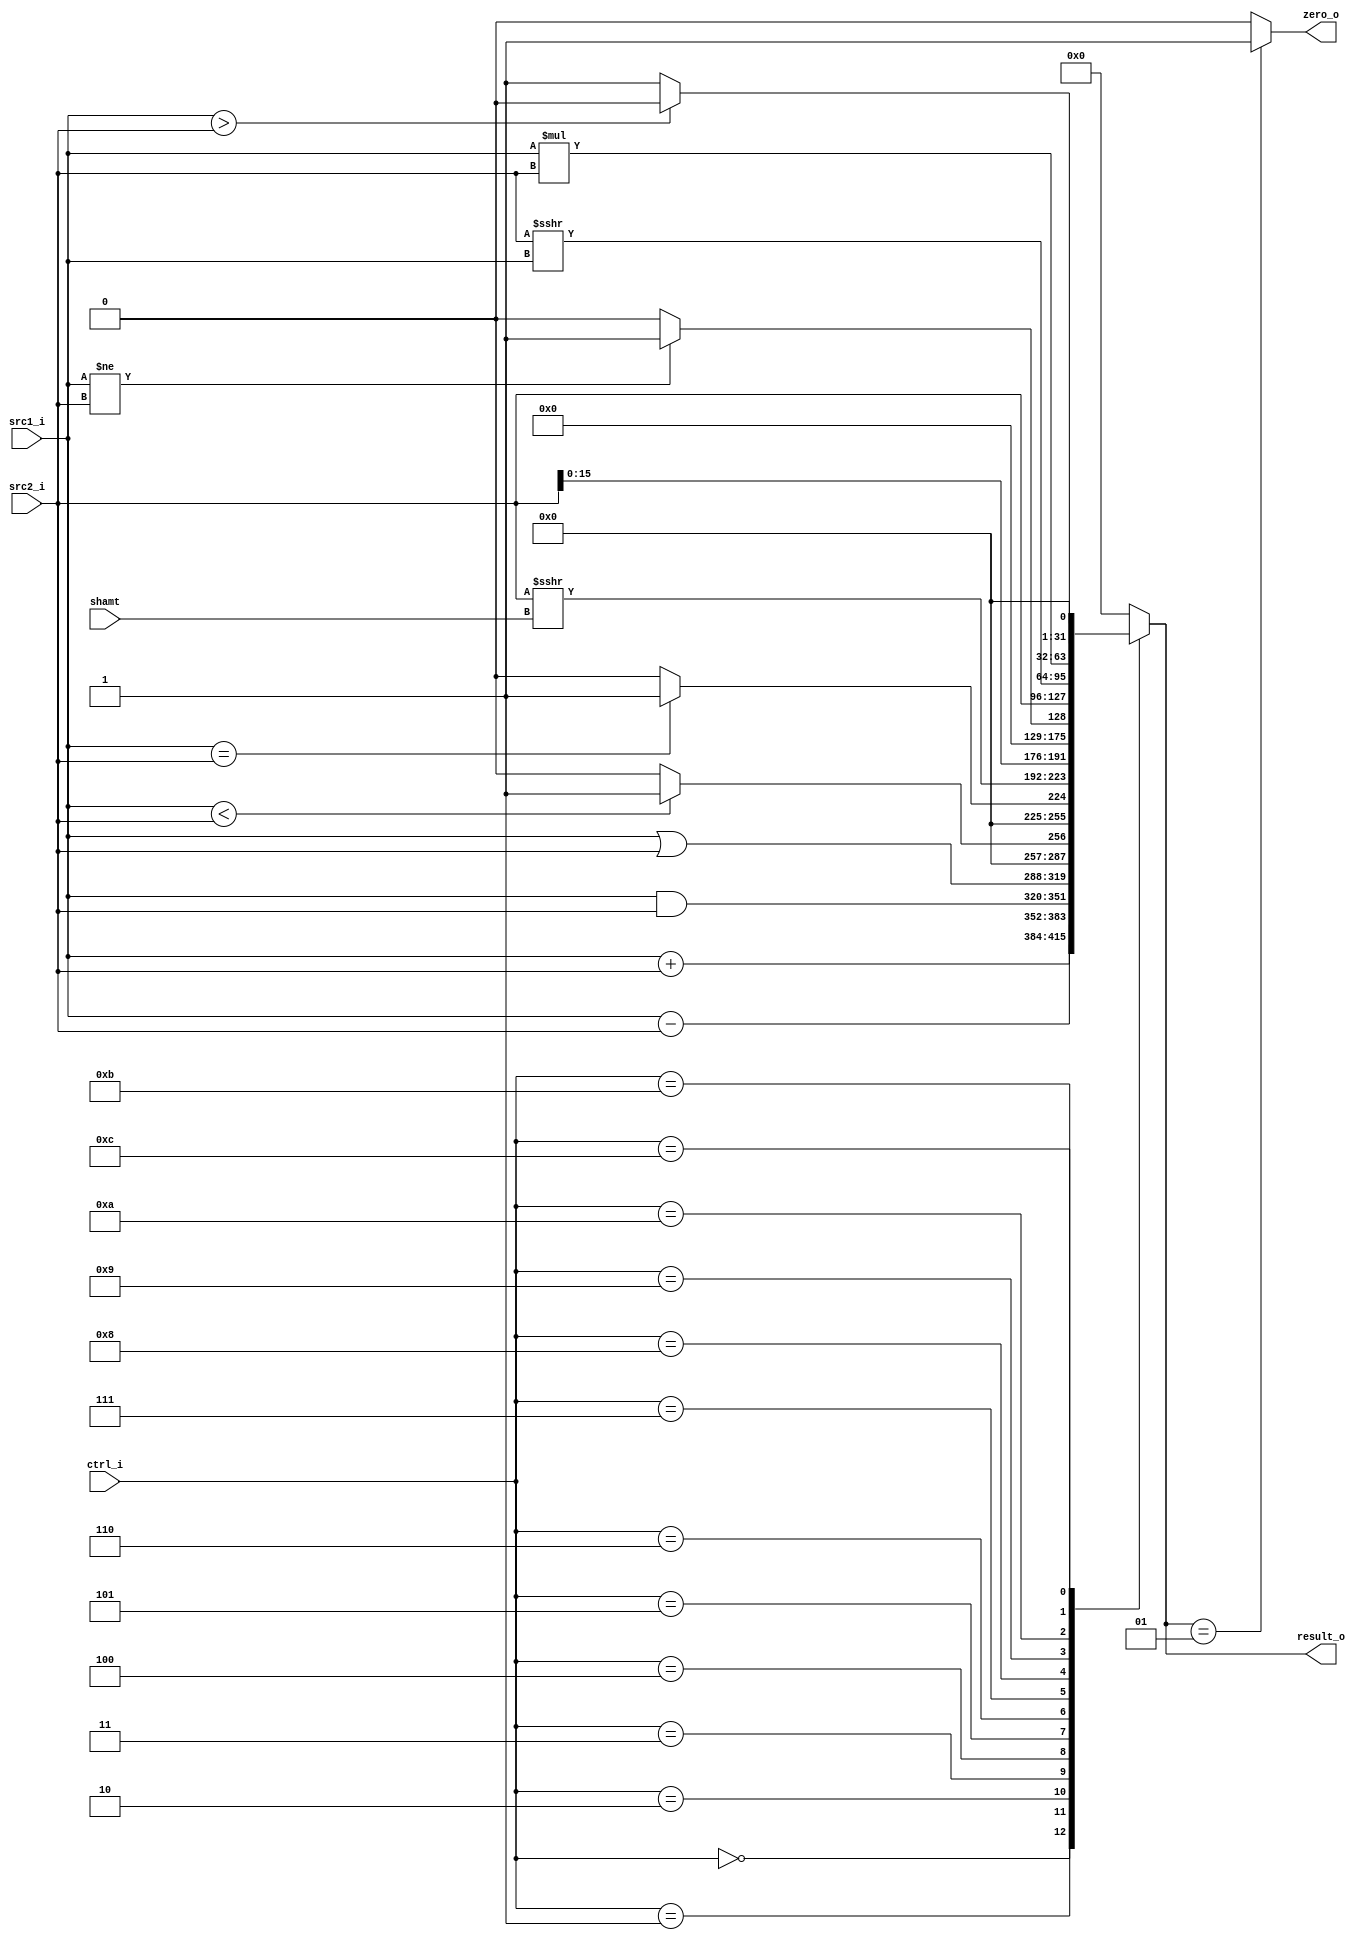
//Subject:     CO project 2 - ALU
//--------------------------------------------------------------------------------
//Version:     1
//--------------------------------------------------------------------------------
//Writer:      
//----------------------------------------------
//Date:        
//----------------------------------------------
//Description: 
//--------------------------------------------------------------------------------
//Line 49 66
module ALU(
    src1_i,
	src2_i,
	shamt,
	ctrl_i,
	result_o,
	zero_o
	);
     
//I/O ports
input  signed [32-1:0]  src1_i;
input  signed [32-1:0]	 src2_i;
input  signed [5-1:0]	 shamt;
input  [4-1:0]   ctrl_i;

output [32-1:0]	 result_o;
output           zero_o;

//Internal signals
reg	   signed [32-1:0]  pic;
reg    signed [32-1:0]  result_o;
reg    signed      zero_o;


//Parameter
localparam
 	alu_add=4'd0,
	alu_sub=4'd1,
    alu_and=4'd2,
    alu_or=4'd3,
    alu_slt=4'd4,
	alu_beq=4'd5,
	alu_sra=4'd6,
	alu_lui=4'd7,
	alu_bne=4'd8,
	alu_lup=4'd9,
	alu_srav=4'd10,
	alu_mul=4'd11,
	alu_ble=4'd12,
	alu_zero=4'd13;

//Main function
always@(ctrl_i,src1_i,src2_i)begin
	pic = src2_i;
	case(ctrl_i)
		0: result_o = src1_i + src2_i;
		1: result_o = src1_i - src2_i;
		2: result_o = src1_i & src2_i;
		3: result_o = src1_i | src2_i;
		4: result_o = (src1_i < src2_i) ? 1 : 0;
		5: result_o = (src1_i == src2_i) ? 1 : 0;
		6: result_o = pic >>> shamt;
		7: result_o = src2_i << 16;
		8: result_o = (src1_i != src2_i) ? 1 : 0;
		9: result_o = src2_i;
		10: result_o = pic >>> src1_i;
		11: result_o = src1_i*src2_i; //mul
		12: result_o = !(src1_i > src2_i) ? 1 : 0;
		13: result_o = 0;
		default: result_o <= 0;
	endcase
	if(result_o == 1) begin
		zero_o=1;
	 end
	else begin
		zero_o=0;
	 end
	//$display("**shamt=%d,src2_i=%d,ctrl_i=%d,reult_o=%d ",shamt,src2_i,ctrl_i,result_o);
end

endmodule